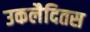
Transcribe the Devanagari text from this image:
उकलैदितस